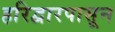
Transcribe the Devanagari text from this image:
हरिद्वारपासून